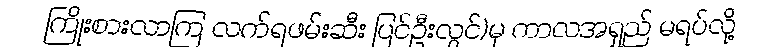
ကြိုးစားလာကြ လက်ရဖမ်းဆီး ပြင်ဦးလွင်)မှ ကာလအရှည် မရပ်လို့